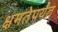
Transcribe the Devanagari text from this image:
क्षमतेपर्यंत